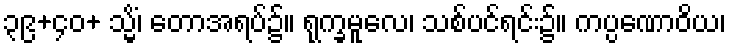
၃၉+၄၀+ သ္မိံ၊ တောအရပ်၌။ ရုက္ခမူလေ၊ သစ်ပင်ရင်း၌။ ကပ္ပဏောဝိယ၊